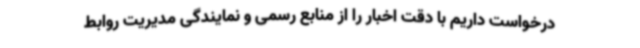
درخواست داریم با دقت اخبار را از منابع رسمی و نمایندگی مدیریت روابط